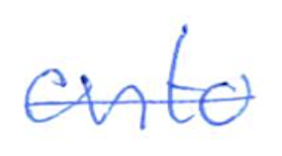
Text: onto
Cross-out: single-line
Writing tool: ballpoint